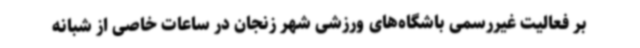
بر فعالیت غیررسمی باشگاه‌های ورزشی شهر زنجان در ساعات خاصی از شبانه